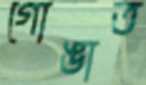
গোঙাত